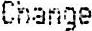
CHANGE